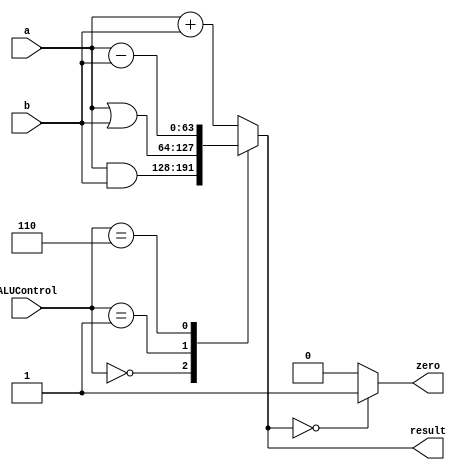
module ourALU(a,b,ALUControl,result,zero);
 parameter n = 63;
 input [n:0]a;
 input [n:0]b;
 input [3:0]ALUControl;
 output reg [n:0] result;
 output zero;
 always @(*)
  begin
   case(ALUControl)
   4'b0000: result = a & b;
   4'b0001: result = a | b;
   4'b0010: result = a + b;
   4'b0110: result = a - b;
   default: result = a + b;
   endcase
  end
 assign zero = (result==64'd0) ? 1'b1: 1'b0;
endmodule